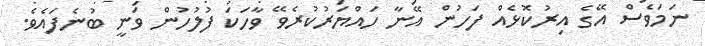
ނަމަވެސް އޭގެ އިރުކޮޅެއް ފަހުން އޭނާ ހައްޔަރުކުރެވޭ ވާހަކަ ފުލުހުން ވަނީ ބުނެފައެވެ.